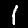
Digit: 1